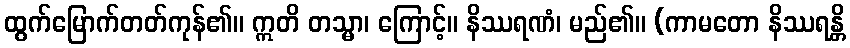
ထွက်မြောက်တတ်ကုန်၏။ ဣတိ တသ္မာ၊ ကြောင့်။ နိဿရဏံ၊ မည်၏။ (ကာမတော နိဿရန္တိ